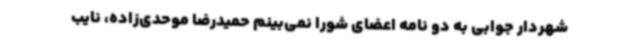
شهردار جوابی به دو نامه‌ اعضای شورا نمی‌بینم حمیدرضا موحدی‌زاده، نایب